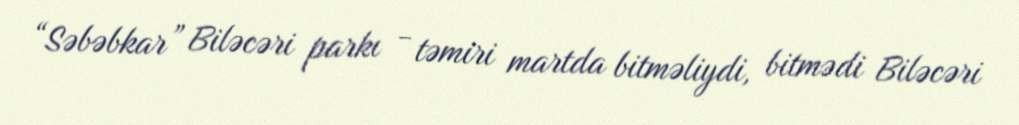
“Səbəbkar” Biləcəri parkı - təmiri martda bitməliydi, bitmədi Biləcəri